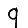
Digit: 9